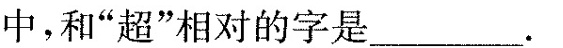
中，和“超”想对的字是___.